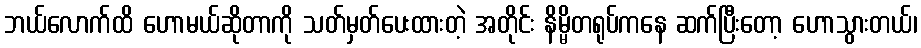
ဘယ်လောက်ထိ ဟောမယ်ဆိုတာကို သတ်မှတ်ပေးထားတဲ့ အတိုင်း နိမ္မိတရုပ်ကနေ ဆက်ပြီးတော့ ဟောသွားတယ်၊